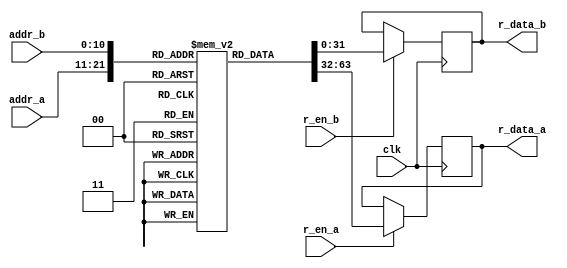
// This program was cloned from: https://github.com/IObundle/iob-lib
// License: MIT License

`timescale 1 ns / 1 ps

module iob_rom_dp
  #(
    parameter HEXFILE="none",
    parameter DATA_W=32,
    parameter ADDR_W=11
    )
   (
    input                     clk,

    input [(ADDR_W-1):0]      addr_a,
    input                     r_en_a,
    output reg [(DATA_W-1):0] r_data_a,
    
    input [(ADDR_W-1):0]      addr_b,
    input                     r_en_b,
    output reg [(DATA_W-1):0] r_data_b
    );

   //this allows ISE 14.7 to work; do not remove
   localparam mem_init_file_int = HEXFILE;

   
   // Declare the ROM
   reg [DATA_W-1:0] 			       rom[2**ADDR_W-1:0];

   // Initialize the ROM
   initial 
     if(mem_init_file_int != "none")
       $readmemh(mem_init_file_int, rom, 0, 2**ADDR_W - 1);

   always @ (posedge clk) // Port A
     if (r_en_a)
       r_data_a <= rom[addr_a];

   always @ (posedge clk) // Port B
     if (r_en_b)
       r_data_b <= rom[addr_b];

 endmodule